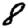
Digit: 8